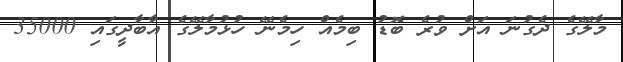
މާލޭގެ ދެގުނަ އަށް ވުރެ ބޮޑު ބިމެއް ހިމެނޭ ހުޅުމާލޭގެ އާބާދީގައި 35000